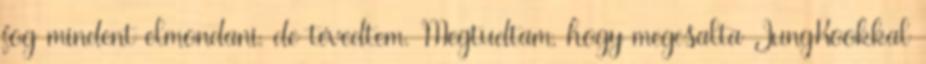
fog mindent elmondani, de tévedtem. Megtudtam, hogy megcsalta JungKookkal